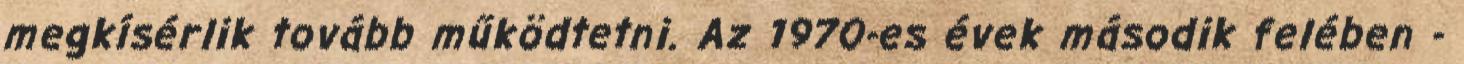
megkísérlik tovább működtetni. Az 1970-es évek második felében -